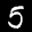
Label: 5